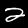
Digit: 2